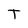
Character: T